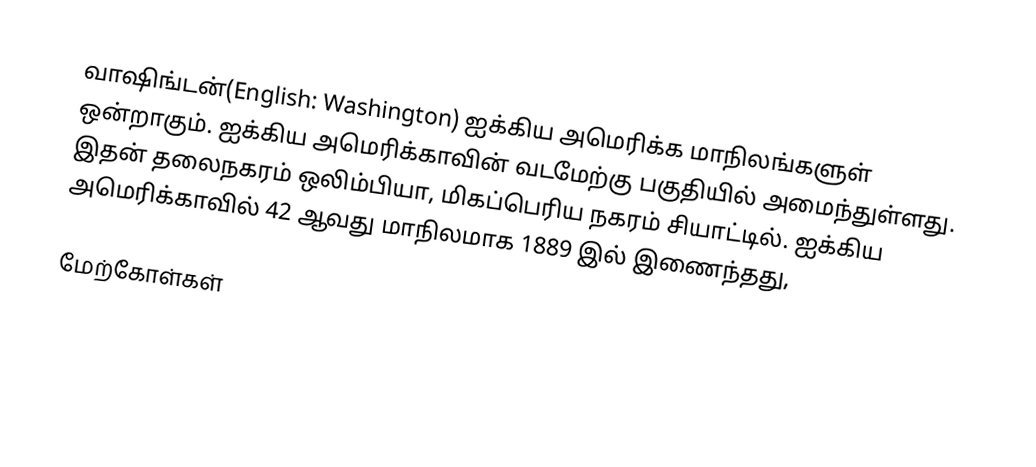
வாஷிங்டன்(English: Washington) ஐக்கிய அமெரிக்க மாநிலங்களுள் ஒன்றாகும். ஐக்கிய அமெரிக்காவின் வடமேற்கு பகுதியில் அமைந்துள்ளது. இதன் தலைநகரம் ஒலிம்பியா, மிகப்பெரிய நகரம் சியாட்டில். ஐக்கிய அமெரிக்காவில் 42 ஆவது மாநிலமாக 1889 இல் இணைந்தது,

மேற்கோள்கள்